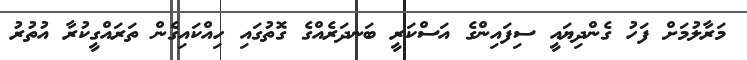
މަރާލުމަށް ފަހު ގެންދިޔައީ ސިފައިންގެ އަސްކަރީ ބަނދަރެއްގެ ގޮތުގައި ހިއްކައިގެން ތަރައްގީކުރާ އުތުރު